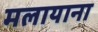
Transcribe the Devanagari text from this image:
मलायाना